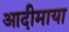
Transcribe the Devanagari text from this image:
आदीमाया